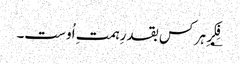
؂فِکرِ ہر کس بقدرِ ہمتِ اُوست۔